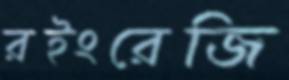
রইংরেজি